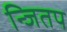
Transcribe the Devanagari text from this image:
न्जितप